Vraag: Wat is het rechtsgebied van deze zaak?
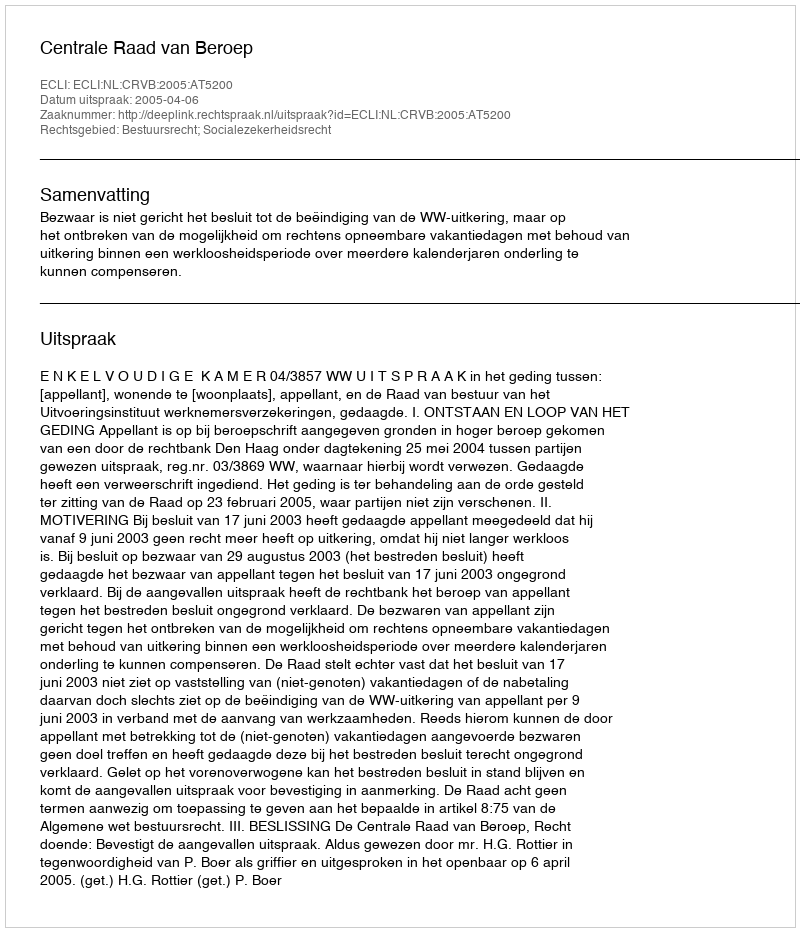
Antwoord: Bestuursrecht; Socialezekerheidsrecht